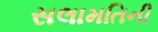
સલામતિની